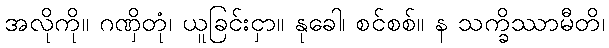
အလိုကို။ ဂဏှိတုံ၊ ယူခြင်းငှာ။ နုခေါ၊ စင်စစ်။ န သက္ခိဿာမီတိ၊